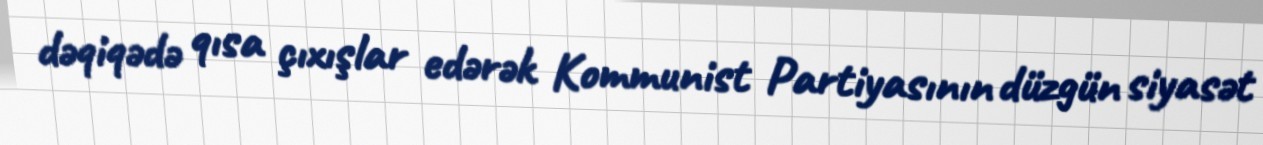
dəqiqədə qısa çıxışlar edərək Kommunist Partiyasının düzgün siyasət